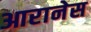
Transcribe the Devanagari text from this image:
आरानेस